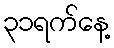
၃၁ရက်နေ့